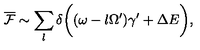
\overline { { \cal F } } \sim \sum _ { l } \delta \biggl ( ( \omega - l \Omega ^ { \prime } ) \gamma ^ { \prime } + \Delta E \biggr ) ,